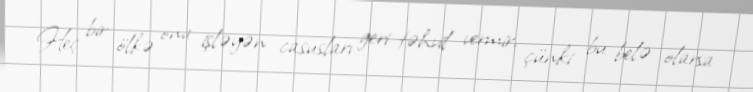
Heç bir ölkə ona işləyən casusları geri təhvil vermir, çünki bu belə olarsa